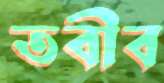
তবীব